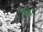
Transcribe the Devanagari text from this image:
संचिद